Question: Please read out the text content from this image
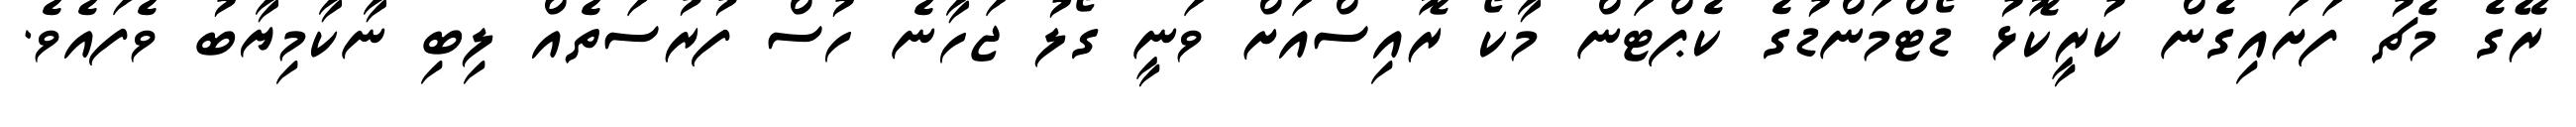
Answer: ރޭގެ މެޗު ފަށައިގެން ކުރީކޮޅު ޑޯޓްމަންޑުގެ ކެޕްޓަން މާކޯ ރޮއިސްއަށް ވަނީ ގޯލު ޖަހާނެ ހުސް ފުރުސަތެއް ލިބި ނާކާމިޔާބު ވެފައެވެ.